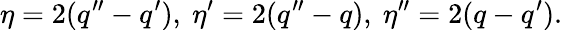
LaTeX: \eta=2(q^{\prime\prime}-q^{\prime}),\ \eta^{\prime}=2(q^{\prime\prime}-q),\ \eta^{\prime\prime}=2(q-q^{\prime}).